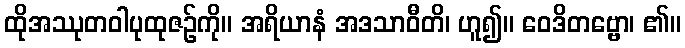
ထိုအဿုတဝါပုထုဇဉ်ကို။ အရိယာနံ အဒသာဝီတိ၊ ဟူ၍။ ဝေဒိတဗ္ဗော၊ ၏။